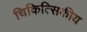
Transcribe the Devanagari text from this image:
चिकित्सिकीय